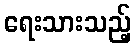
ရေးသားသည့်